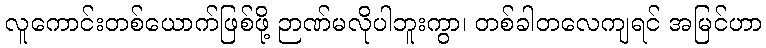
လူကောင်းတစ်ယောက်ဖြစ်ဖို့ ဉာဏ်မလိုပါဘူးကွာ၊ တစ်ခါတလေကျရင် အမြင်ဟာ